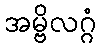
အမ္ဗိလဂ္ဂံ